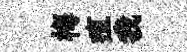
梅疽我